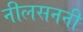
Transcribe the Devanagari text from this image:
नीलसननी